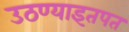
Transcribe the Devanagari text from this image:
उठण्याइतपत